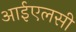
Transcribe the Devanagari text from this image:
आईएलसी